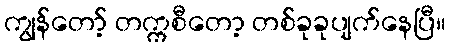
ကျွန်တော့် တက္ကစီတော့ တစ်ခုခုပျက်နေပြီ။